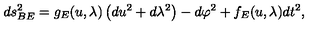
d s _ { B E } ^ { 2 } = g _ { E } ( u , \lambda ) \left( d u ^ { 2 } + d \lambda ^ { 2 } \right) - d \varphi ^ { 2 } + f _ { E } ( u , \lambda ) d t ^ { 2 } ,